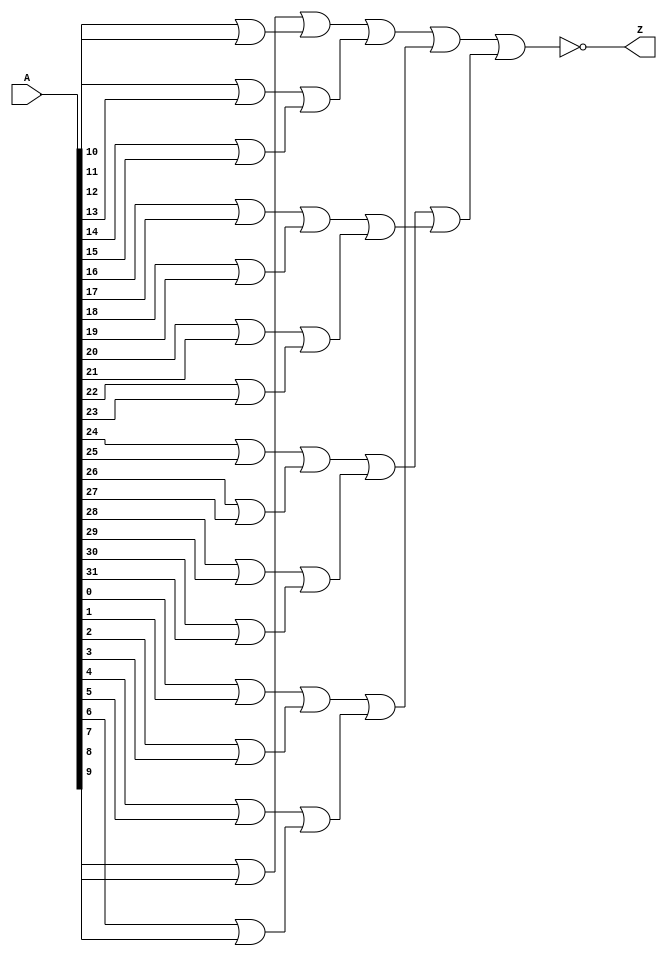
`timescale 1ns / 1ps
//////////////////////////////////////////////////////////////////////////////////
// Company: 
// Engineer: 
// 
// Design Name: 
// Module Name: Zero_comparator
// Project Name: 
// Target Devices: 
// Tool Versions: 
// Description: 
// 
// Dependencies: 
// 
// Revision:
// Revision 0.01 - File Created
// Additional Comments:
// 
//////////////////////////////////////////////////////////////////////////////////


module Zero_comparator#(parameter size = 32)(
    input [size-1:0] A,
    output Z);
    
    
    wire [15:0] first_stage; 
    wire [7:0] second_stage;
	wire [3:0] third_stage;
	wire [1:0] fourth_stage;
	genvar i;
	for(i=0;i<16;i = i+1) begin
		assign first_stage[i] = A[2*i] | A[2*i+1];
	end
	
	for(i=0;i<8;i = i+1) begin	
		assign second_stage[i] = first_stage[2*i] | first_stage[2*i+1];
	end

	for(i=0;i<4;i = i+1) begin
		assign third_stage[i] = second_stage[2*i] | second_stage[2*i+1];
	end

	assign fourth_stage[0] = third_stage[1] | third_stage[0];
	assign fourth_stage[1] = third_stage[3] | third_stage[2];
	assign Z = ~(fourth_stage[0] | fourth_stage[1]);
endmodule